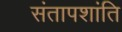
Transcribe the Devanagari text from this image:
संतापशांति